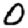
Digit: 0